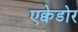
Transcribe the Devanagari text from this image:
एक्वेडोर